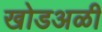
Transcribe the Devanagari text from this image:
खोडअळी